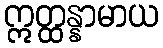
ဣတ္ထန္နာမာယ